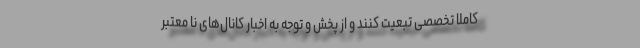
کاملا تخصصی تبعیت کنند و از پخش و توجه به اخبار کانال‌های نا معتبر